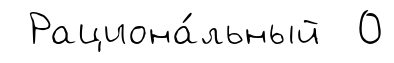
Рациона́льный 0